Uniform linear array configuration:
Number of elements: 64
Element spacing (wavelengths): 0.75
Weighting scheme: kaiser
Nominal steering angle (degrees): -30
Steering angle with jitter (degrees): -28.064
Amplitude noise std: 0.05
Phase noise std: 0.05

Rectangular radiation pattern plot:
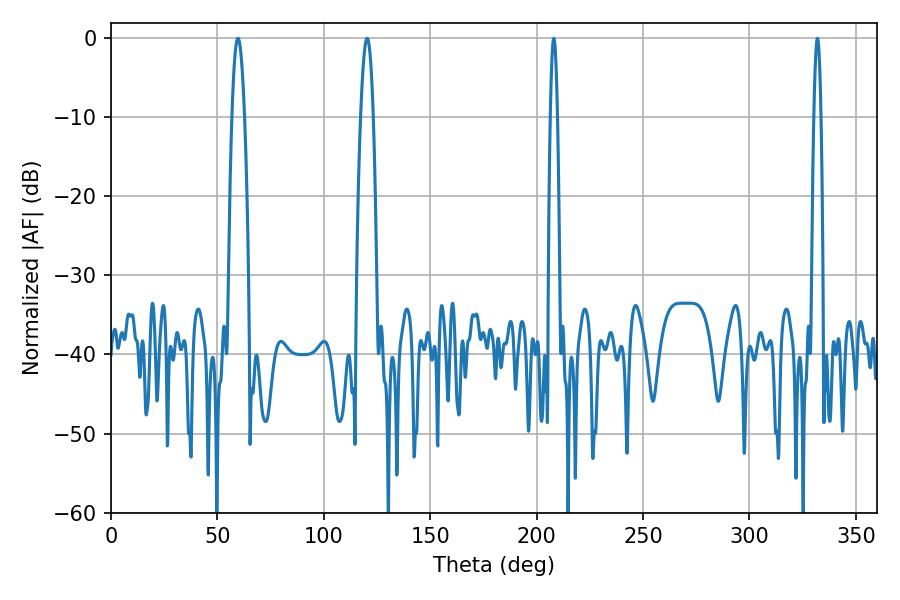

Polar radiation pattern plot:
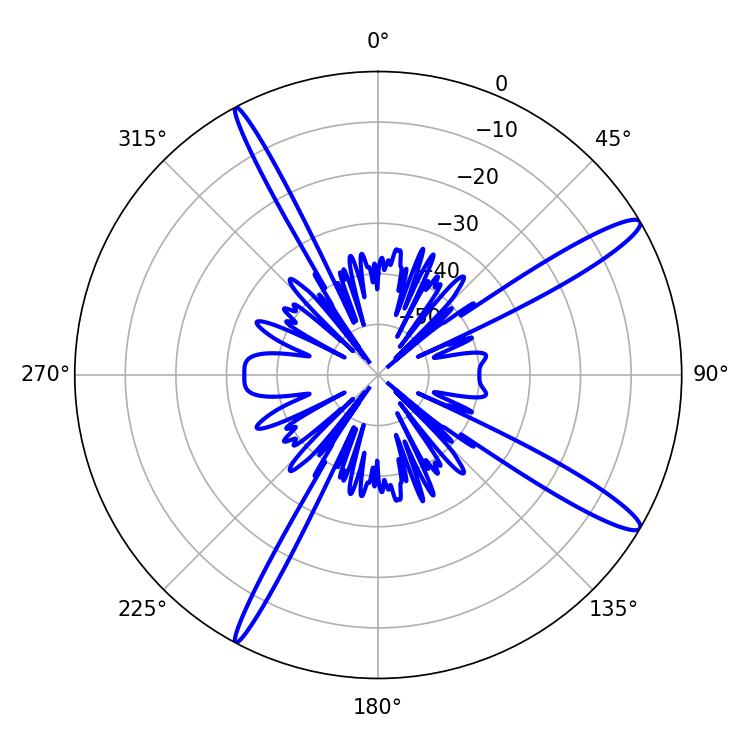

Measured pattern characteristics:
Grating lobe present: TRUE
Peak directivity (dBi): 14.351
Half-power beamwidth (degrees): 1.8
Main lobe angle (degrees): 208.08